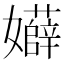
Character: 𡤏